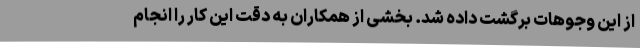
از این وجوهات برگشت داده شد. بخشی از همکاران به دقت این کار را انجام